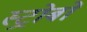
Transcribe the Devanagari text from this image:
स्ट्रोबों